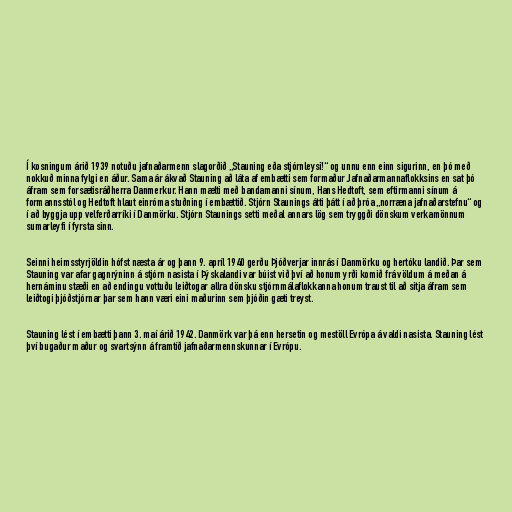
Í kosningum árið 1939 notuðu jafnaðarmenn slagorðið „Stauning eða stjórnleysi!“ og unnu enn einn sigurinn, en þó með
nokkuð minna fylgi en áður. Sama ár ákvað Stauning að láta af embætti sem formaður Jafnaðarmannaflokksins en sat þó
áfram sem forsætisráðherra Danmerkur. Hann mælti með bandamanni sínum, Hans Hedtoft, sem eftirmanni sínum á
formannsstól og Hedtoft hlaut einróma stuðning í embættið. Stjórn Staunings átti þátt í að þróa „norræna jafnaðarstefnu“ og
í að byggja upp velferðarríki í Danmörku. Stjórn Staunings setti meðal annars lög sem tryggði dönskum verkamönnum
sumarleyfi í fyrsta sinn.

Seinni heimsstyrjöldin hófst næsta ár og þann 9. apríl 1940 gerðu Þjóðverjar innrás í Danmörku og hertóku landið. Þar sem
Stauning var afar gagnrýninn á stjórn nasista í Þýskalandi var búist við því að honum yrði komið frá völdum á meðan á
hernáminu stæði en að endingu vottuðu leiðtogar allra dönsku stjórnmálaflokkanna honum traust til að sitja áfram sem
leiðtogi þjóðstjórnar þar sem hann væri eini maðurinn sem þjóðin gæti treyst.

Stauning lést í embætti þann 3. maí árið 1942. Danmörk var þá enn hersetin og mestöll Evrópa á valdi nasista. Stauning lést
því bugaður maður og svartsýnn á framtíð jafnaðarmennskunnar í Evrópu.